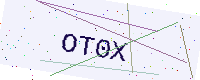
Text: OT0X